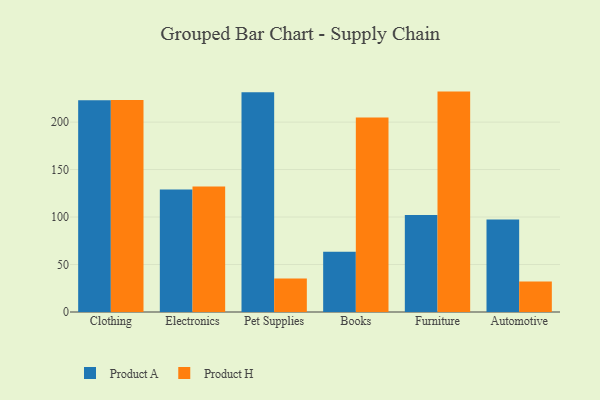
{"axis": {"x": "Category", "y": "Demand Index"}, "legend": ["Product A", "Product H"], "data": [{"x": "Clothing", "y": 223.0, "type": "Product A"}, {"x": "Clothing", "y": 223.2, "type": "Product H"}, {"x": "Electronics", "y": 128.9, "type": "Product A"}, {"x": "Electronics", "y": 132.1, "type": "Product H"}, {"x": "Pet Supplies", "y": 231.5, "type": "Product A"}, {"x": "Pet Supplies", "y": 35.2, "type": "Product H"}, {"x": "Books", "y": 63.4, "type": "Product A"}, {"x": "Books", "y": 204.8, "type": "Product H"}, {"x": "Furniture", "y": 102.1, "type": "Product A"}, {"x": "Furniture", "y": 232.1, "type": "Product H"}, {"x": "Automotive", "y": 97.4, "type": "Product A"}, {"x": "Automotive", "y": 32.1, "type": "Product H"}]}